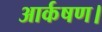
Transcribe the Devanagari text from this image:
आर्कषण।